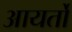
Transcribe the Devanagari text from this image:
आयर्तो